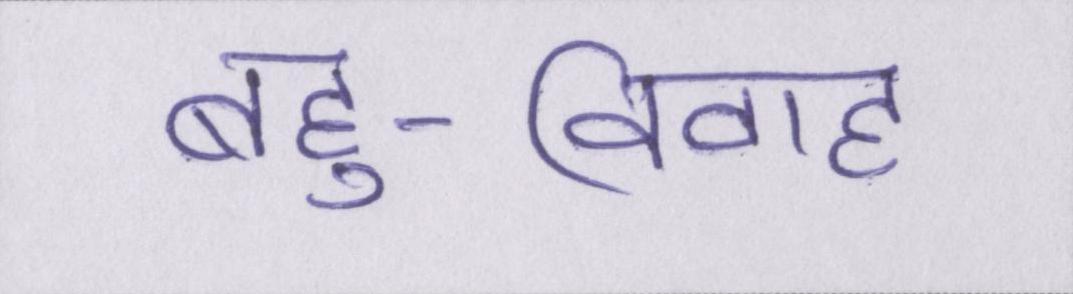
बहु-विवाह